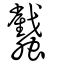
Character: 蠽